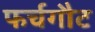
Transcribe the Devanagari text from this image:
फर्चगौट